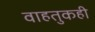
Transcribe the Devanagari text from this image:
वाहतुकही